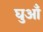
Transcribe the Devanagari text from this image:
घुआँ